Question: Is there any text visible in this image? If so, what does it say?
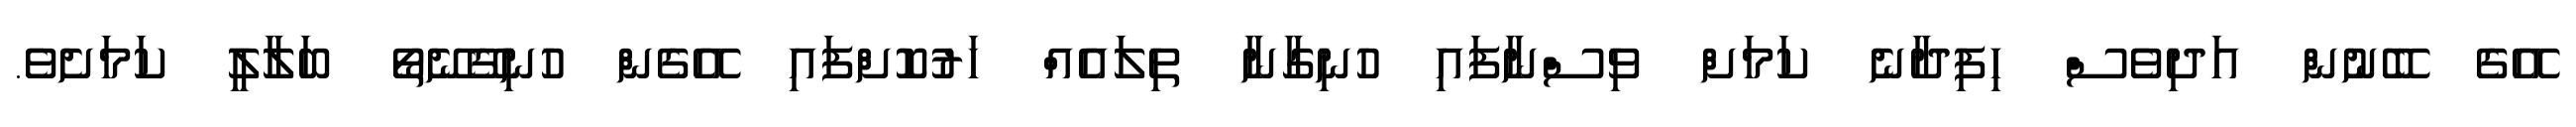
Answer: އޭގެ ބޭނުން އަދިވެސް ހިފިދާނެ ކަމަށް ވިސްނާފައި ހުނިގާނާ ތިލައެއް ހަރުކޮށްފައި އޭގެން ހުނިގޭނޭތޯ ބަލާލީ ކަމަށެވެ.